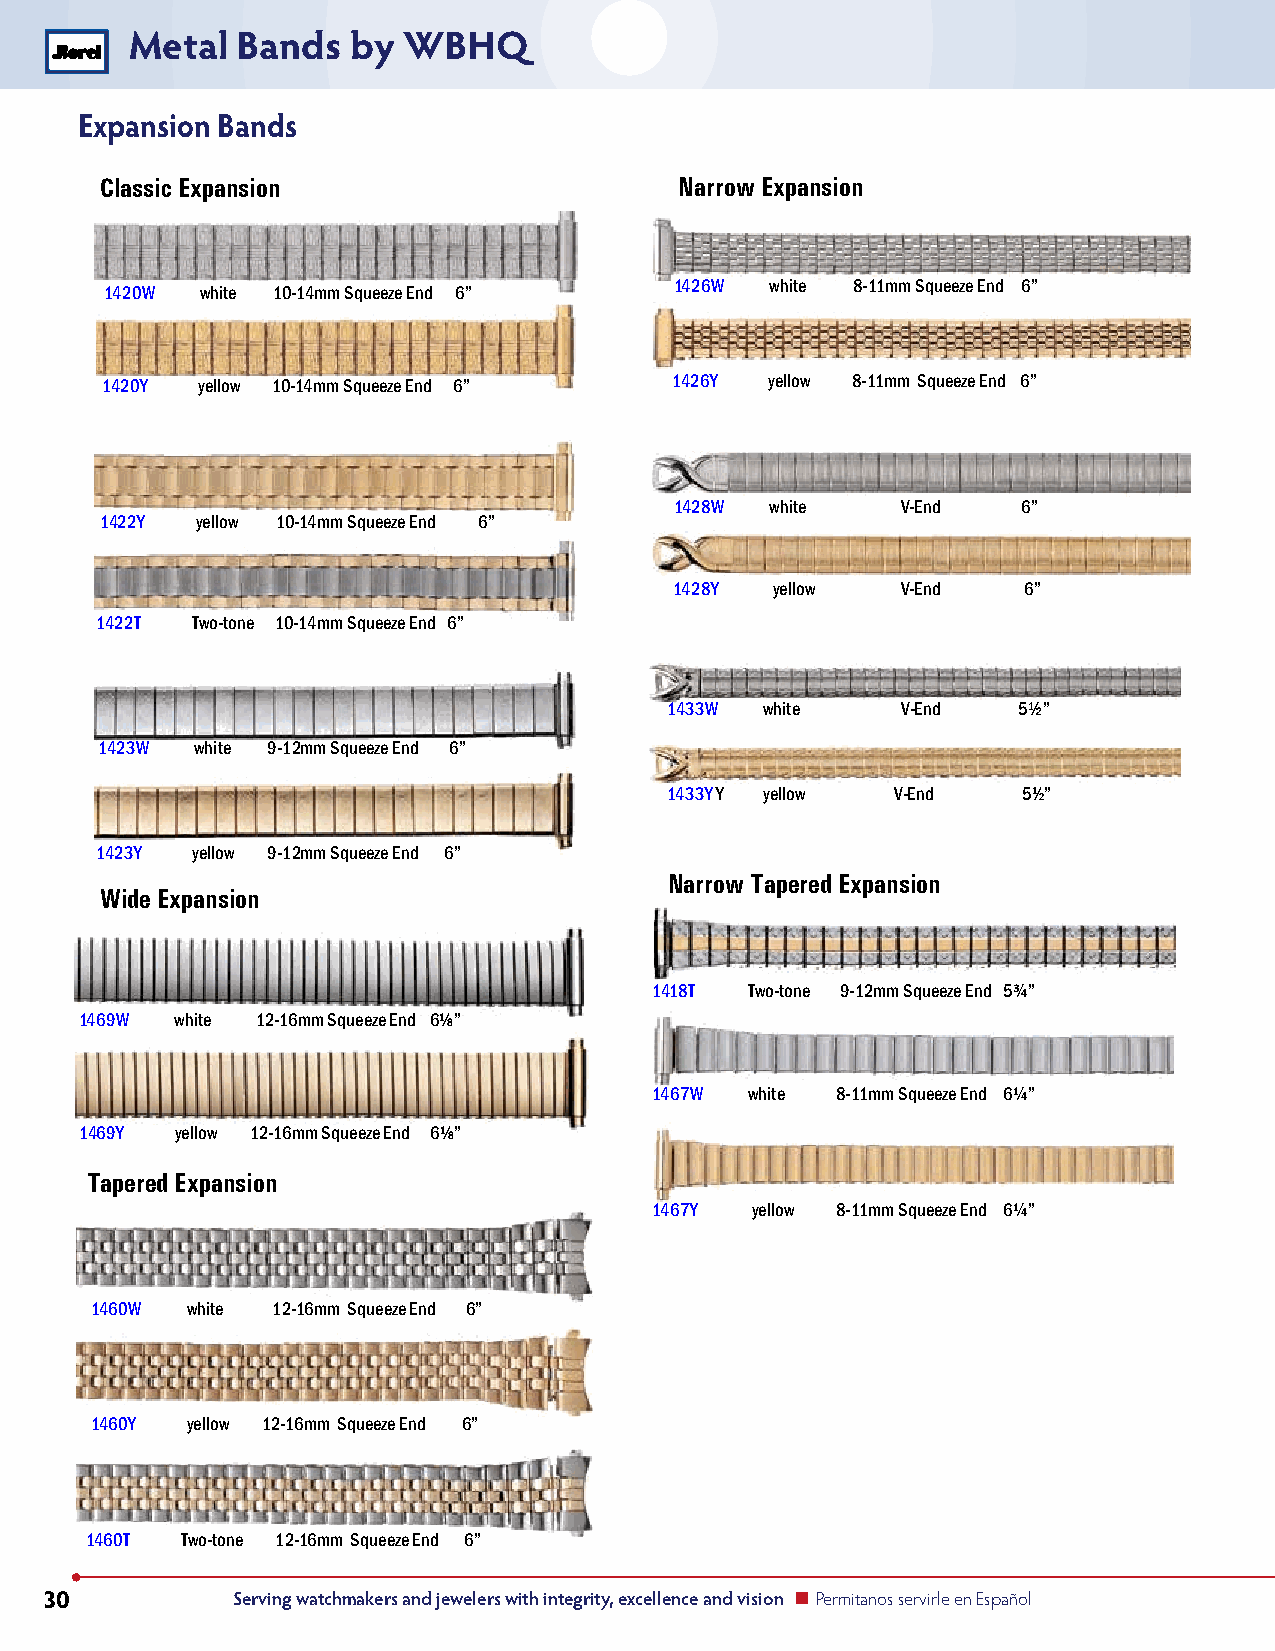
Metal  Bands  by  WBHQ
 Expansion Bands
 Classic Expansion                     Narrow Expansion
 1426W white 8-11mm Squeeze End 6”
 1420W white 10-14mm Squeeze End 6”
 1420Y yellow 10-14mm Squeeze End 6”   1426Y yellow 8-11mm Squeeze End 6”
 1428W white    V-End   6”
 1422Y yellow 10-14mm Squeeze End 6”
 1428Y yellow   V-End   6”
 1422T  Two-tone 10-14mm Squeeze End 6”
 1433W  white    V-End  5½”
 1423W white 9-12mm Squeeze End 6”
 1433Y Y yellow V-End    51⁄2”
 1423Y  yellow 9-12mm Squeeze End 6”
 Narrow Tapered Expansion
 Wide Expansion
 1418T  Two-tone 9-12mm Squeeze End 5¾”
 1469W  white 12-16mm Squeeze End 6⅛”
 1467W  white 8-11mm Squeeze End 6¼”
 1469Y  yellow 12-16mm Squeeze End 6⅛”
 Tapered Expansion
 1467Y  yellow 8-11mm Squeeze End 6¼”
 1460W white 12-16mm Squeeze End 6”
 1460Y yellow 12-16mm Squeeze End 6”
 1460T Two-tone 12-16mm Squeeze End 6”
 30          Serving watchmakers and jewelers with integrity, excellence and vision n Permitanos servirle en Español